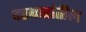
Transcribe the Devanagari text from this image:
दरबारांतील